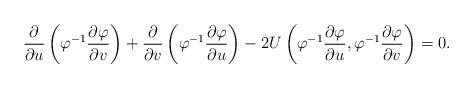
LaTeX: \begin{align*}\frac{\partial}{\partial u}\left(\varphi^{-1}\frac{\partial\varphi}{\partial v}\right)+\frac{\partial}{\partial v}\left(\varphi^{-1}\frac{\partial\varphi}{\partial u}\right)-2U\left(\varphi^{-1}\frac{\partial\varphi}{\partial u},\varphi^{-1}\frac{\partial\varphi}{\partial v}\right)=0.\end{align*}